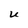
Character: U